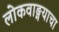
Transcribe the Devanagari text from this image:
लोकवाङ्मयाचा